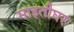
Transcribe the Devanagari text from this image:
माइतीघर